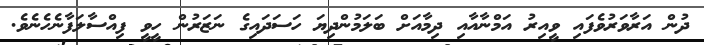
ދުން އަރާވަރުވެފައި ވީއިރު އަމްނާއާއި ދިމާއަށް ބަލަމުންދިޔަ ހަސަދައިގެ ނަޒަރުން ހީވީ ފިއްސާލަފާނެހެނެވެ.